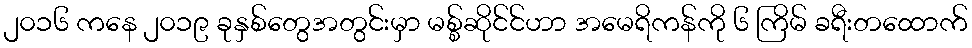
၂၀၁၆ ကနေ ၂၀၁၉ ခုနှစ်တွေအတွင်းမှာ မစ္စ်ဆိုင်င်ဟာ အမေရိကန်ကို ၆ ကြိမ် ခရီးတထောက်